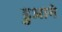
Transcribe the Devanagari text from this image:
डुआने